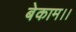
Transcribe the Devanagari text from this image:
बेकाम।।